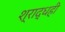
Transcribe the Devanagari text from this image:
श्राद्धही